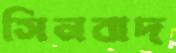
সিনবাদ